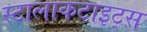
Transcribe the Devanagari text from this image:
स्टालाकटाइट्स